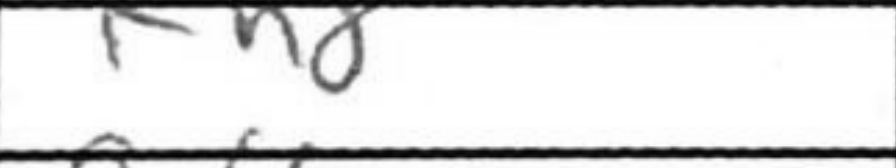
Transcription: Kh8